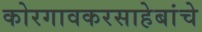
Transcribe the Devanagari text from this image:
कोरगावकरसाहेबांचे